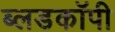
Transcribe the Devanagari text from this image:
ब्लडकॉपी